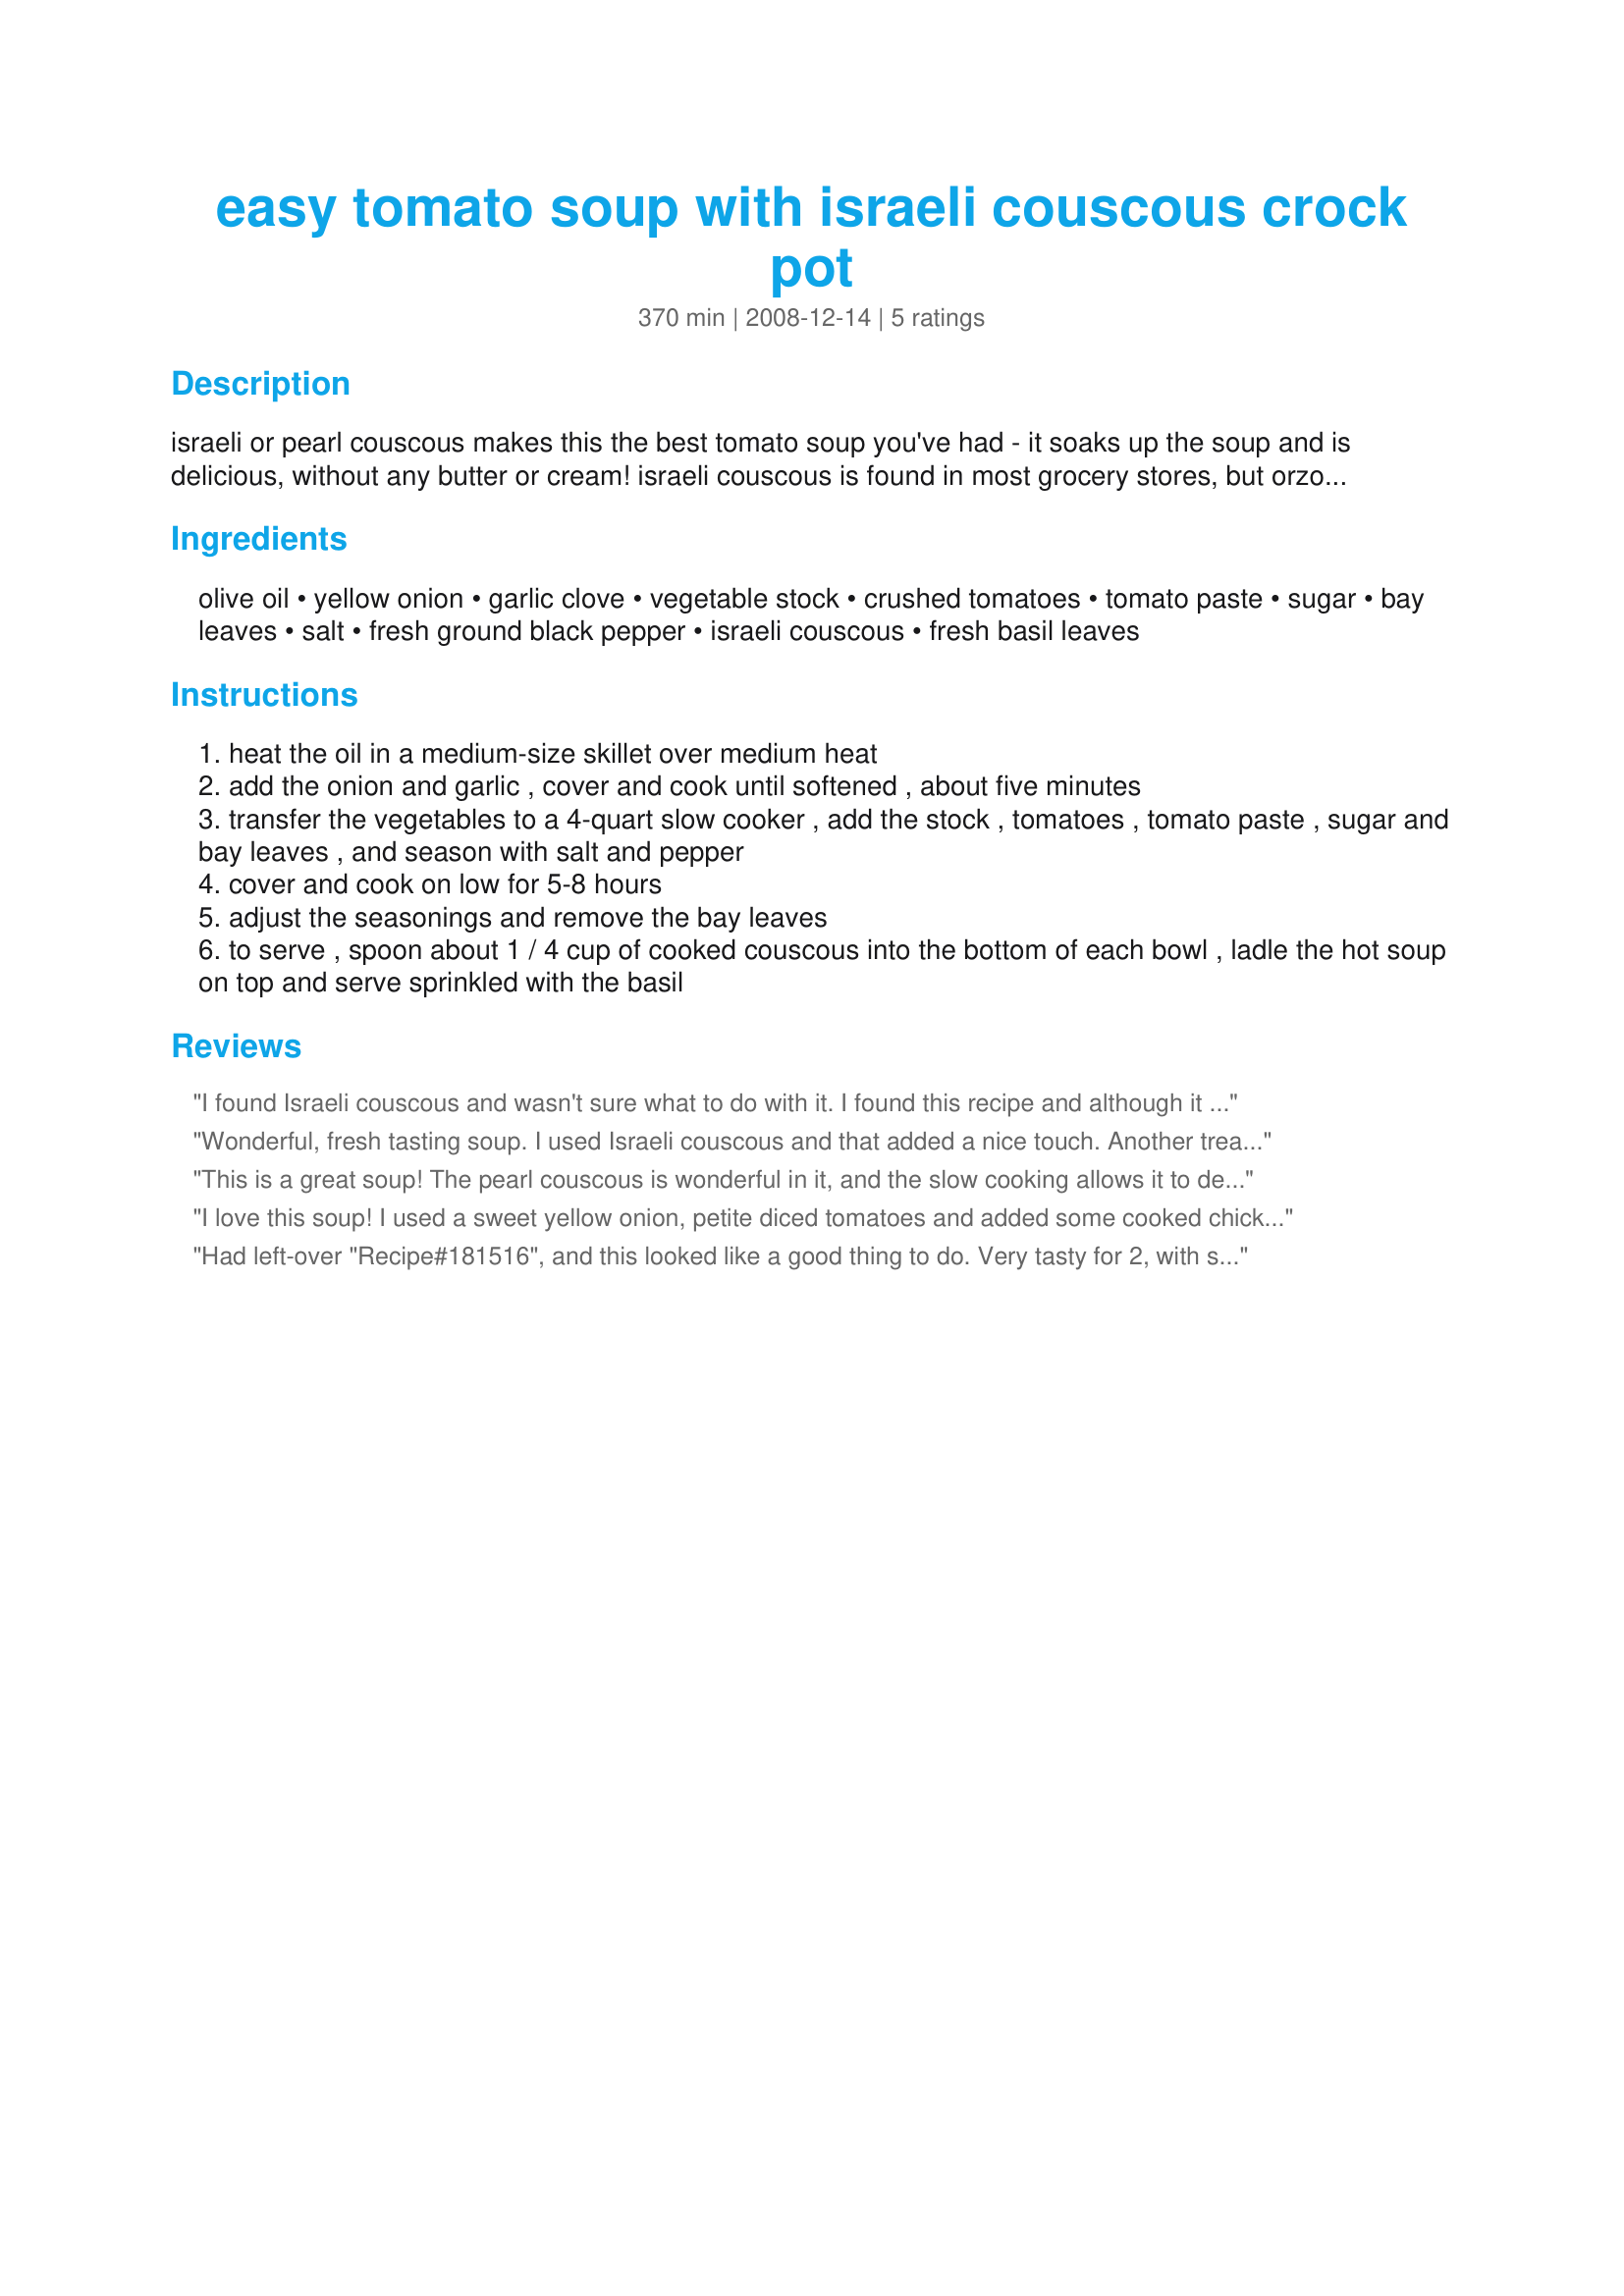
easy tomato soup with israeli couscous crock pot
Preparation time: 370 minutes

israeli or pearl couscous makes this the best tomato soup you've had - it soaks up the soup and is delicious, without any butter or cream! israeli couscous is found in most grocery stores, but orzo may be substituted. adapted from fresh from the vegetarian slow cooker.

Ingredients:
olive oil, yellow onion, garlic clove, vegetable stock, crushed tomatoes, tomato paste, sugar, bay leaves, salt, fresh ground black pepper, israeli couscous, fresh basil leaves

Steps:
heat the oil in a medium-size skillet over medium heat
add the onion and garlic , cover and cook until softened , about five minutes
transfer the vegetables to a 4-quart slow cooker , add the stock , tomatoes , tomato paste , sugar and bay leaves , and season with salt and pepper
cover and cook on low for 5-8 hours
adjust the seasonings and remove the bay leaves
to serve , spoon about 1 / 4 cup of cooked couscous into the bottom of each bowl , ladle the hot soup on top and serve sprinkled with the basil

Reviews:
I found Israeli couscous and wasn't sure what to do with it. I found this recipe and although it wasn't exactly what I was looking for I thought I'd try it. Boy, am I happy I did. This made a very yummy soup and the couscous was a great addition. I doubled the recipe easily and left out the onions so skipped the bit with cooking them in a skillet...I just added a bit of minced garlic to the soup in the crockpot...this really makes a nice tasting tomato soup...even without the couscous I'll be making this again...my DH added a bit of sour cream to his...I may try to add some cream or milk at the end to make it a creamy tomato soup next time...thanks for the easy and yummy recipe...I'll be making it often...this went well with a salad of greens, cucumber, green bell pepper, tomatoes and a dressing of oil, lemon juice and anchovies. The leftover soup without the couscous went very well with my Recipe #355935 ;)
Wonderful, fresh tasting soup. I used Israeli couscous and that added a nice touch. Another treat was the fabulous smell wafting through the house as it cooked! Thank you for sharing!
This is a great soup! The pearl couscous is wonderful in it, and the slow cooking allows it to develop a nice richness.
I love this soup! I used a sweet yellow onion, petite diced tomatoes and added some cooked chicken. Wonderful flavor and very healthy. Thanks for posting!
Had left-over "Recipe#181516", and this looked like a good thing to do. Very tasty for 2, with some left for lunch. Israeli couscous is a nice addition to a fairly basic tomato soup recipe. Thanks for sharing/
